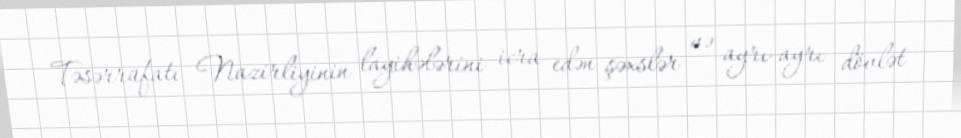
Təsərrüfatı Nazirliyinin layihələrini icra edən şəxslər və ayrı-ayrı dövlət